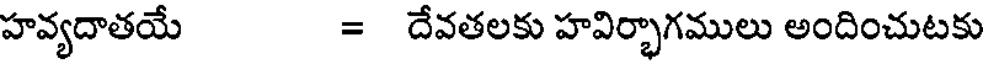
హవ్యదాతయే = దేవతలకు హవిర్భాగములు అందించుటకు